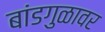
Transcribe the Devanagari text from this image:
बांडगुळावर